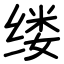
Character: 缕